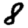
Digit: 8